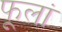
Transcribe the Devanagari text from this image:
फूलां